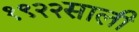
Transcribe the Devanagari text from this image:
१९२२साली